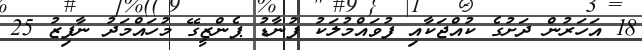
18 އަހަރުން ދަށުގެ ކުއްޖަކާއި ފުވައްމުލަކު ފުނާޑު ޕެންޒީގޭ މުހައްމަދު ނާފިޒު 25